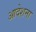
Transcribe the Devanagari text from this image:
आदेशना